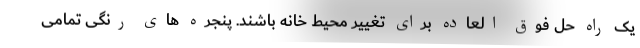
یک راه حل فوق العاده برای تغییر محیط خانه باشند. پنجره های رنگی تمامی